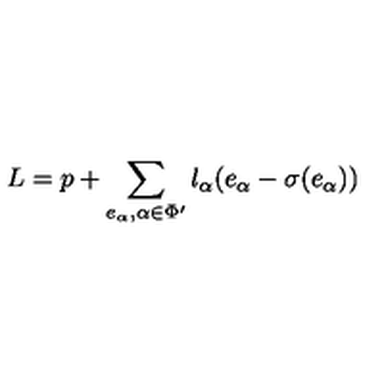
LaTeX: L = p + \sum _ { e _ { \alpha } , \alpha \in \Phi ^ { \prime } } l _ { \alpha } ( e _ { \alpha } - \sigma ( e _ { \alpha } ) )